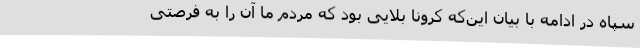
سپاه در ادامه با بیان این‌که کرونا بلایی بود که مردم ما آن را به فرصتی